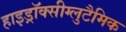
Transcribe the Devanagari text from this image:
हाइड्रॉक्सीग्लुटैमिक